Indian journal of veterinary science and animal husbandry - Volume 6,
Year: 1936
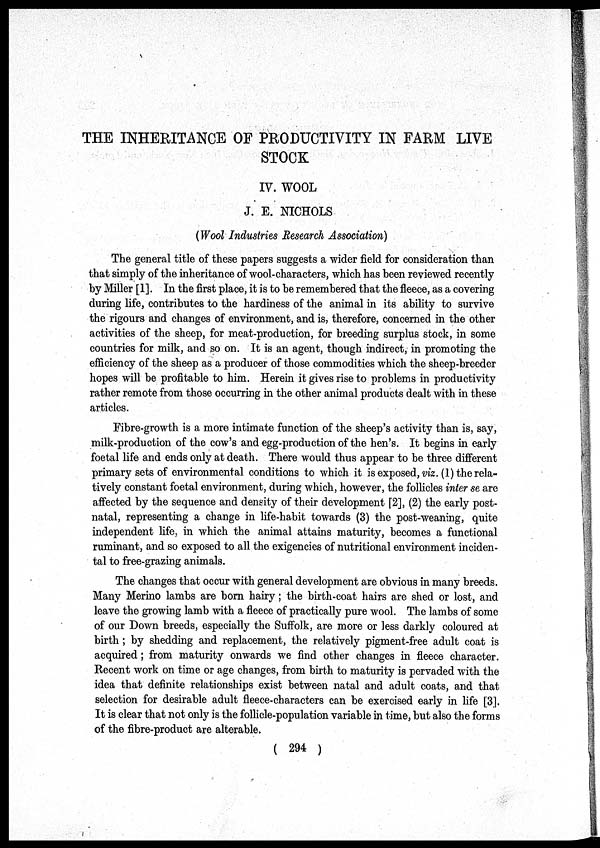
THE INHERITANCE OF PRODUCTIVITY IN FARM LIVE
STOCK
IV. WOOL
J. E. NICHOLS
(Wool Industries Research Association)
The general title of these papers suggests a wider field for consideration than
that simply of the inheritance of wool-characters, which has been reviewed recently
by Miller [1]. In the first place, it is to be remembered that the fleece, as a covering
during life, contributes to the hardiness of the animal in its ability to survive
the rigours and changes of environment, and is, therefore, concerned in the other
activities of the sheep, for meat-production, for breeding surplus stock, in some
countries for milk, and so on. It is an agent, though indirect, in promoting the
efficiency of the sheep as a producer of those commodities which the sheep-breeder
hopes will be profitable to him. Herein it gives rise to problems in productivity
rather remote from those occurring in the other animal products dealt with in these
articles.
Fibre-growth is a more intimate function of the sheep's activity than is, say,
milk-production of the cow's and egg-production of the hen's. It begins in early
foetal life and ends only at death. There would thus appear to be three different
primary sets of environmental conditions to which it is exposed, viz. (1) the rela-
tively constant foetal environment, during which, however, the follicles inter se are
affected by the sequence and density of their development [2], (2) the early post-
natal, representing a change in life-habit towards (3) the post-weaning, quite
independent life, in which the animal attains maturity, becomes a functional
ruminant, and so exposed to all the exigencies of nutritional environment inciden-
tal to free-grazing animals.
The changes that occur with general development are obvious in many breeds.
Many Merino lambs are born hairy; the birth-coat hairs are shed or lost, and
leave the growing lamb with a fleece of practically pure wool. The lambs of some
of our Down breeds, especially the Suffolk, are more or less darkly coloured at
birth; by shedding and replacement, the relatively pigment-free adult coat is
acquired; from maturity onwards we find other changes in fleece character.
Recent work on time or age changes, from birth to maturity is pervaded with the
idea that definite relationships exist between natal and adult coats, and that
selection for desirable adult fleece-characters can be exercised early in life [3].
It is clear that not only is the follicle-population variable in time, but also the forms
of the fibre-product are alterable.
( 294 )